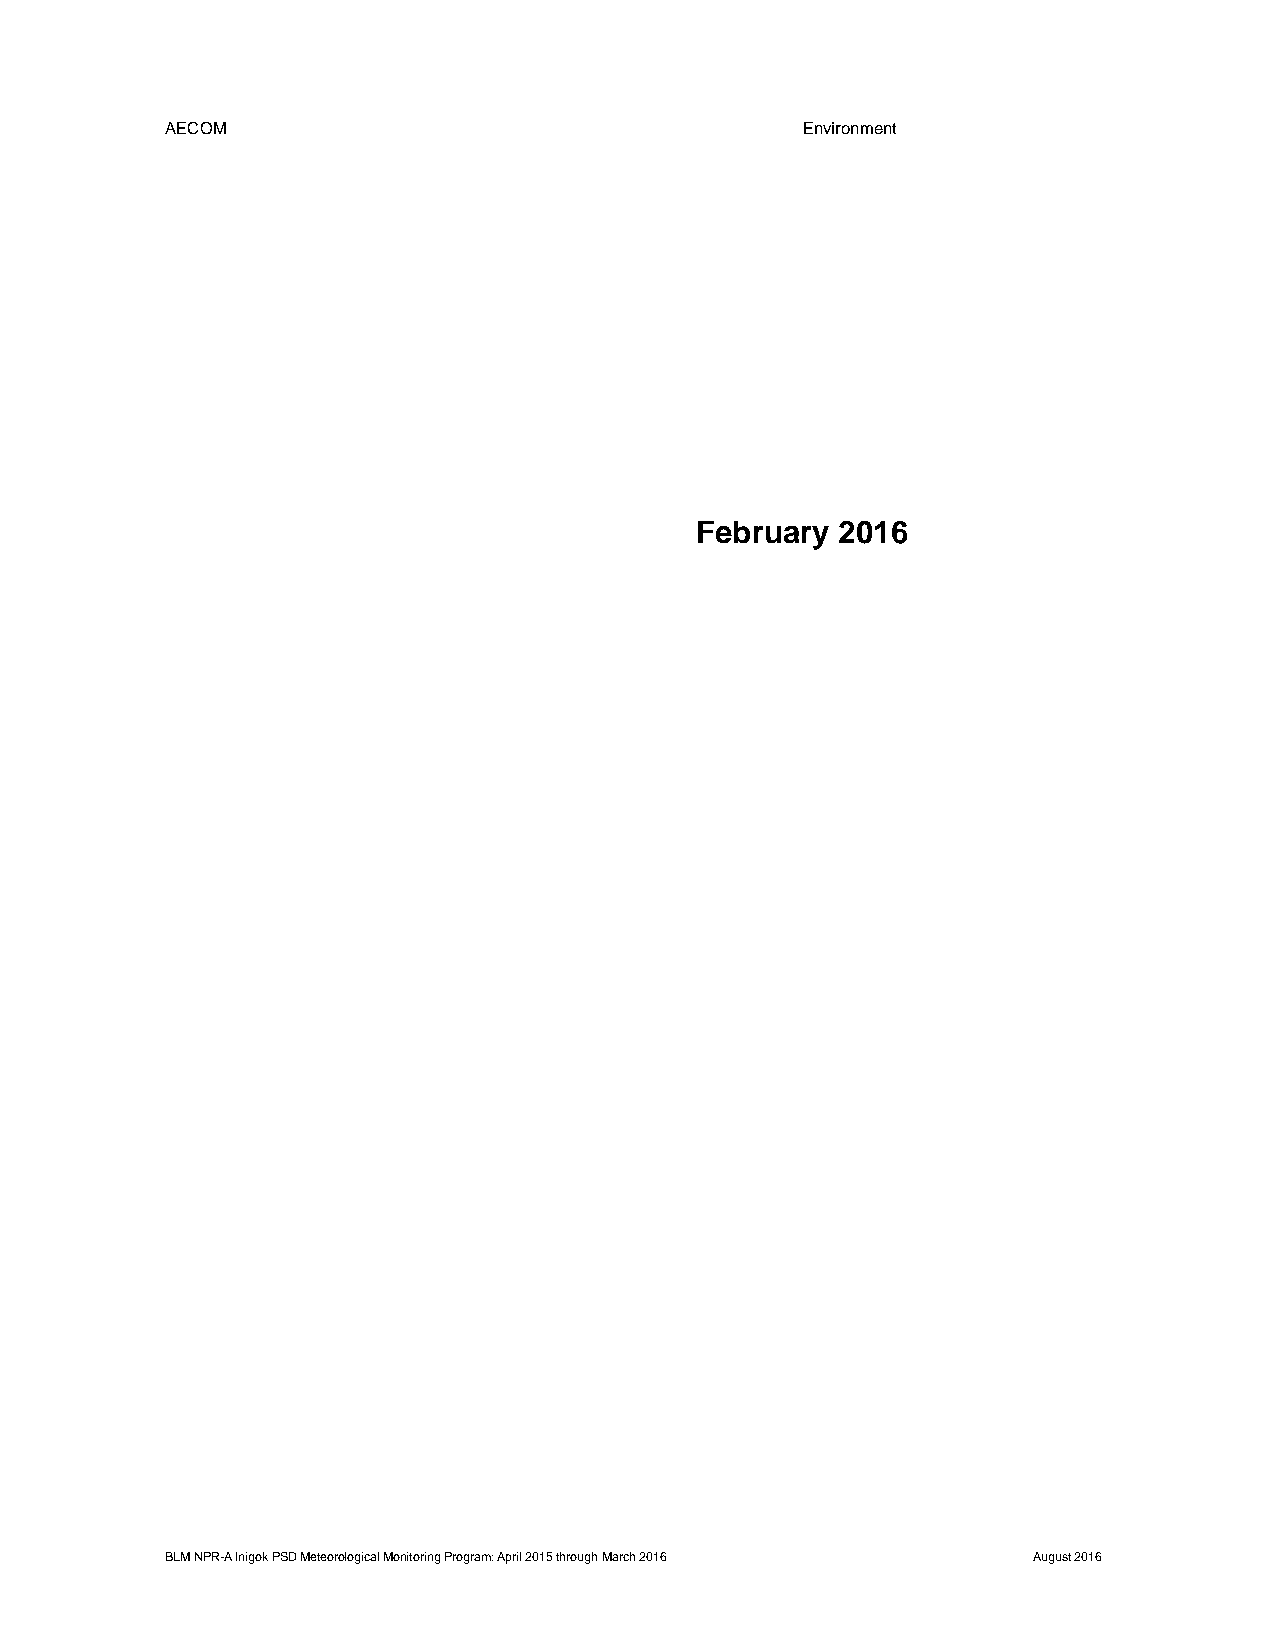
AECOM                                     Environment
 February  2016
 BLM NPR-A Inigok PSD Meteorological Monitoring Program: April 2015 through March 2016 August 2016